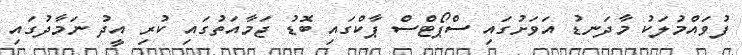
ފުވައްމުލަކު މާދަނޑު އަވަށުގައި ސްޕޯޓްސް ޕާކްގައި ބޮޑު ޖަމާއަތުގައި ކުރި އީދު ނަމާދުގައި